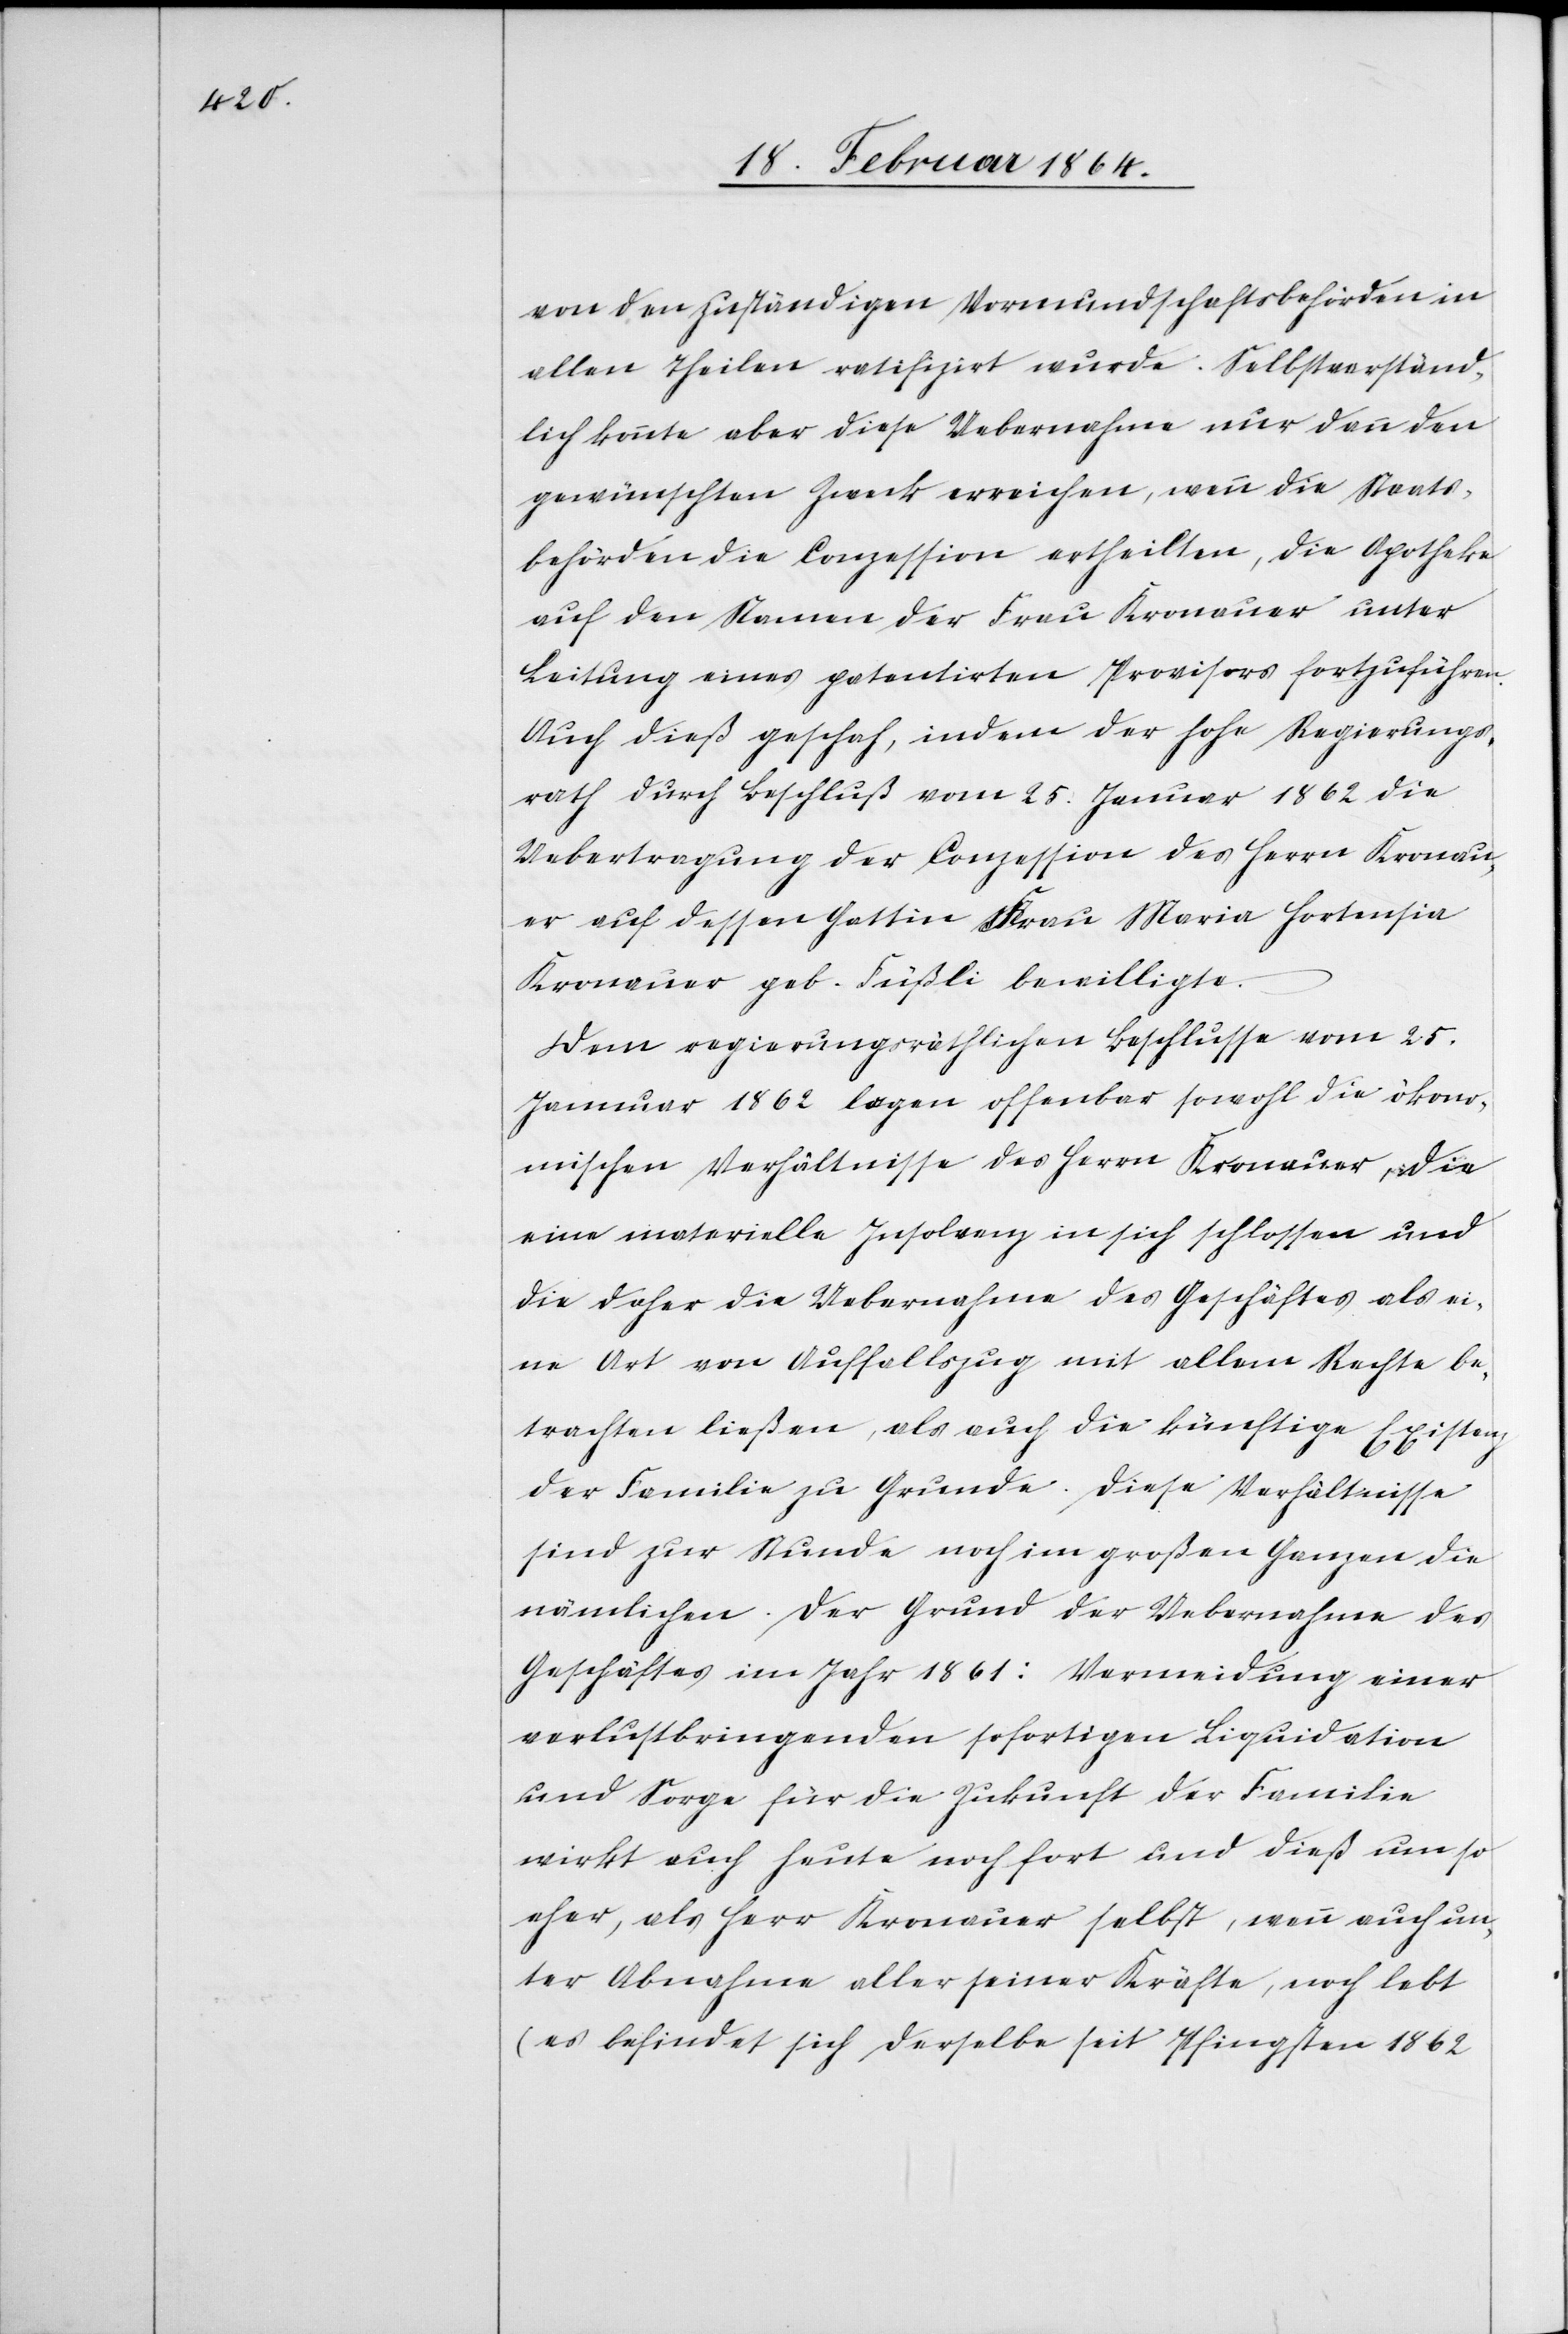
von den zuständigen Vormundschaftsbehörden in
allen Theilen ratifizirt wurde. Selbstverständ¬
lich konnte aber diese Uebernahme nur dann den
gewünschten Zweck erreichen, wenn die Staats¬
behörden die Conzession ertheilten, die Apotheke
auf den Namen der Frau Kronauer unter
Leitung eines patentirten Provisors fortzuführen.
Auch dieß geschah, indem der hohe Regierungs¬
rath durch Beschluß vom 25. Januar 1862 die
Uebertragung der Conzession des Herrn Kronau¬
er auf dessen Gattin Frau Maria Hortensia
Kronauer geb. Füßli bewilligte.
Dem regierungsräthlichen Beschlusse vom 25.
Januar 1862 lagen offenbar sowohl die ökono¬
mischen Verhältnisse des Herrn Kronauer, die
eine materielle Insolvenz in sich schlossen und
die daher die Uebernahme des Geschäftes als ei¬
ne Art von Auffallszug mit allen Rechte be¬
trachten ließen, als auch die künftige Existenz
der Familie zu Grunde. Diese Verhältnisse
sind zur Stunde noch im großen Ganzen die
nämlichen. Der Grund der Uebernahme des
Geschäftes im Jahr 1861: Vermeidung einer
verlustbringenden sofortigen Liquidation
und Sorge für die Zukunft der Familie
wirkt auch heute noch fort und dieß um so
eher, als Herr Kronauer selbst, wenn auch un¬
ter Abnahme aller seiner Kräfte, noch lebt
(es befindet sich derselbe seit Pfingsten 1862